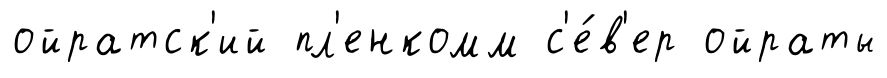
ойратск'ий пл'енкомм с'е́в'ер ойраты